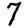
Digit: 7